Annual returns of the Patna Lunatic Asylum at Bankipore in Bihar and Orissa - 1912-1924
Year: 1912
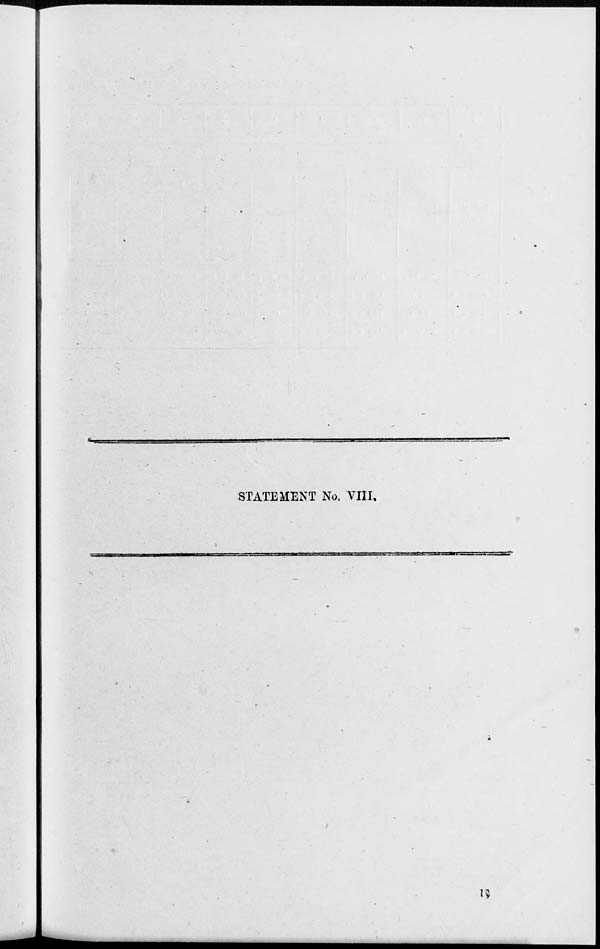
STATEMENT No. VIII.
12